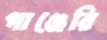
পাঞ্জেরি